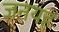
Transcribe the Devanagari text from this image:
जनयह